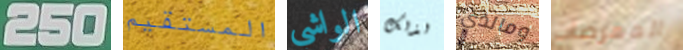
250 المستقيم الواشي لذلك ومالذي الممرضات